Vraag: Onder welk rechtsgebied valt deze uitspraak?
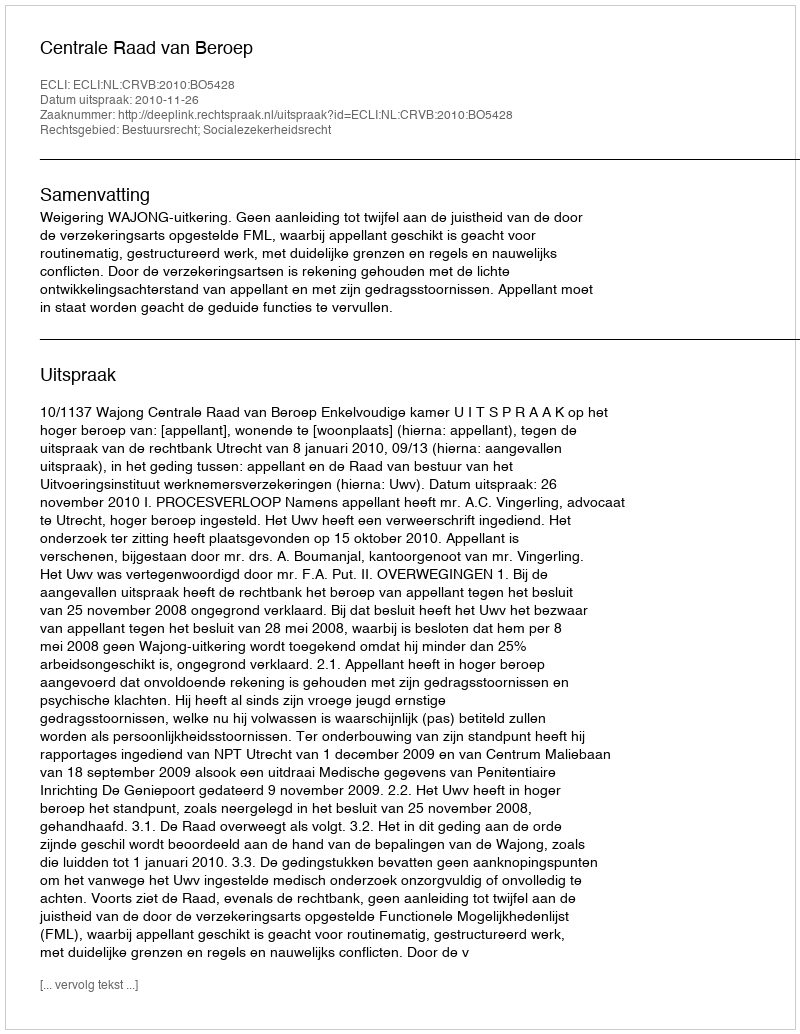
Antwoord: Bestuursrecht; Socialezekerheidsrecht